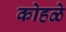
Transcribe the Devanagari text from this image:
कोहळे